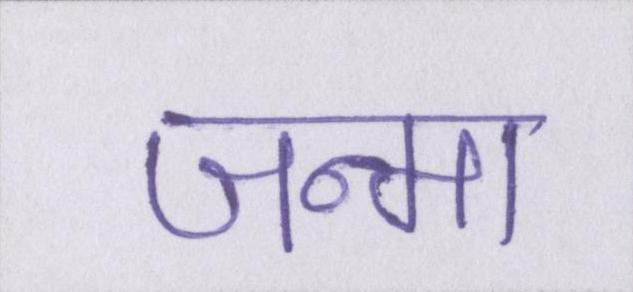
जन्मा